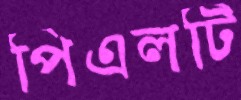
পিএলটি